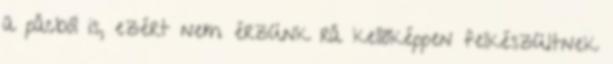
a pácból is, ezért nem érzünk rá kellőképpen felkészültnek